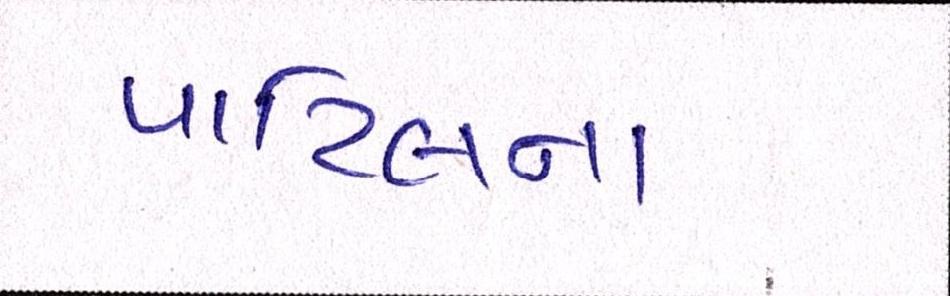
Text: પાટિલના